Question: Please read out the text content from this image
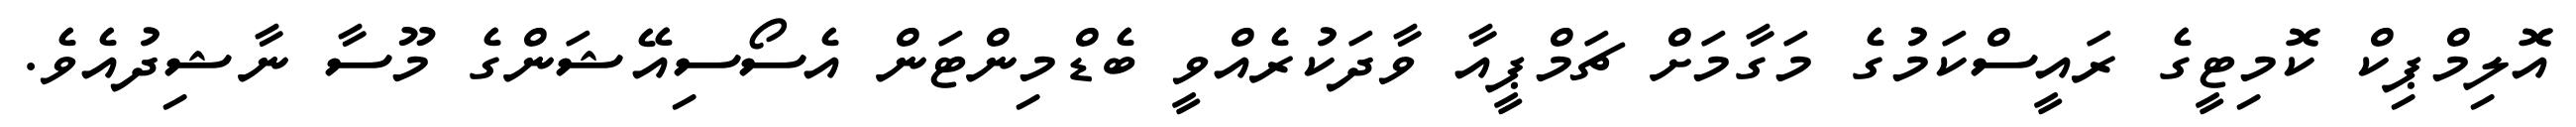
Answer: އޮލިމްޕިކް ކޮމިޓީގެ ރައީސްކަމުގެ މަގާމަށް ޗަމްޕީއާ ވާދަކުރެއްވީ ބެޑްމިންޓަން އެސޯސިއޭޝަންގެ މޫސާ ނާޝިދުއެވެ.